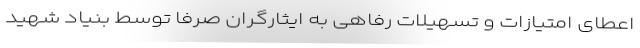
اعطای امتیازات و تسهیلات رفاهی به ایثارگران صرفاً توسط بنیاد شهید